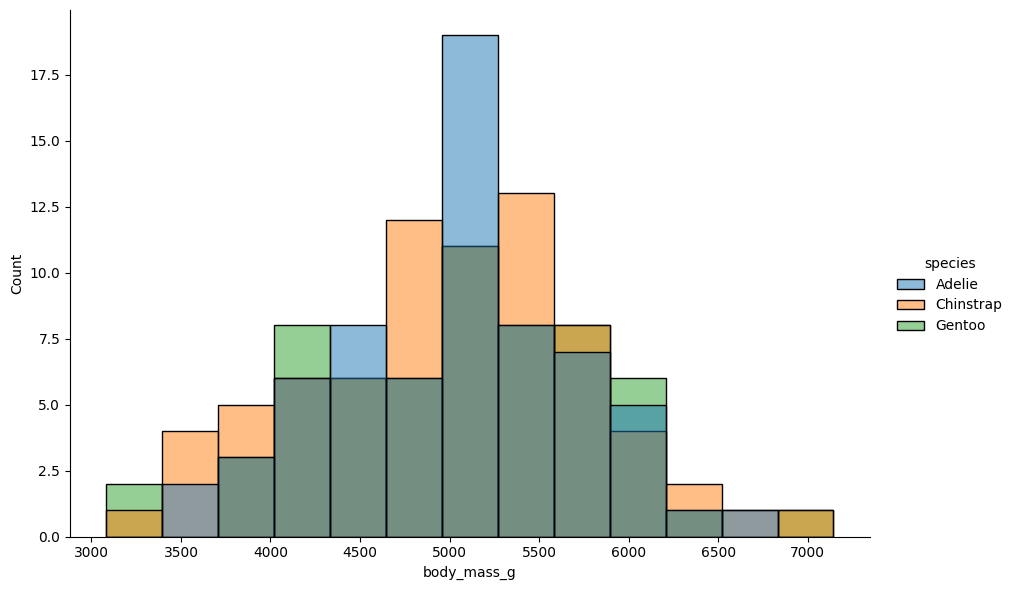
python, seaborn, displot, kind='hist', column='body_mass_g', hue='species', height=6, aspect=1.5